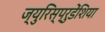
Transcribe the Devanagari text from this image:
ज्युरिस्प्रुडेंशिया